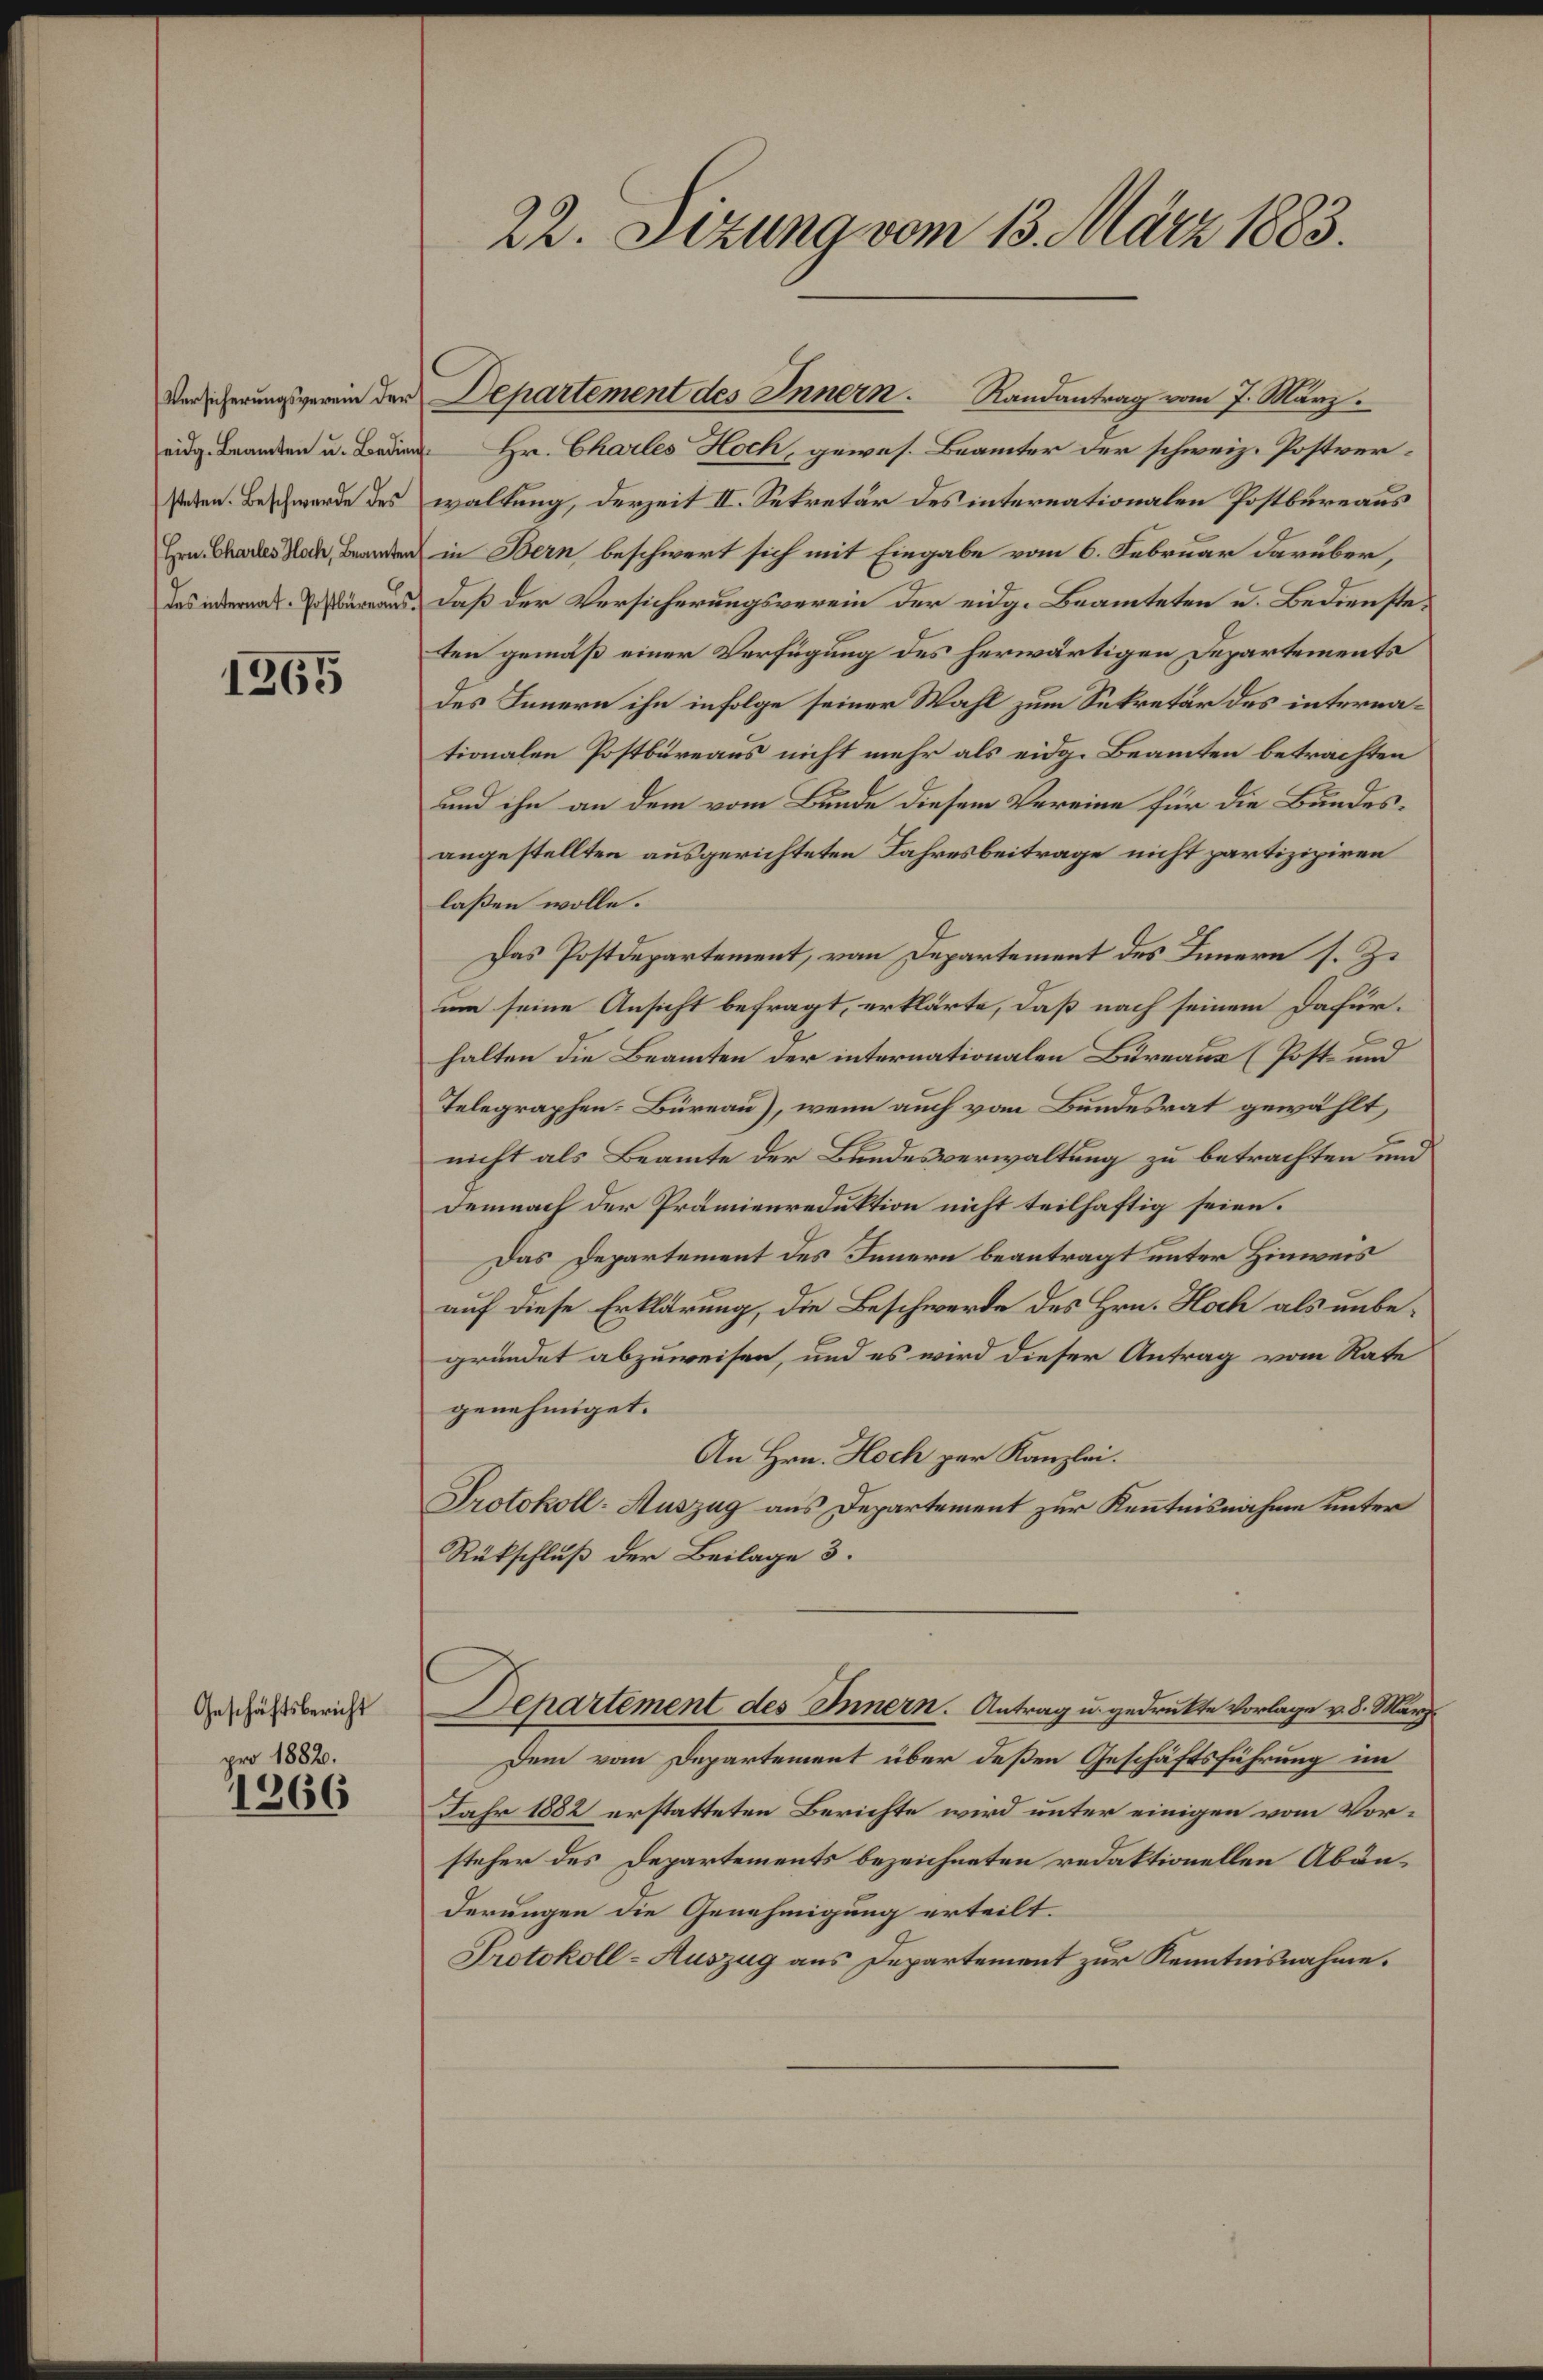
Versicherungsverein der
eidg. Beamten u. Bedin
steten. Beschwerde des
Hrn. Charles Hoch, Beamten
des internat. Postbüreaŭs.

1265

Geschäftsbericht
pro 1882.

1266

22. Sizung vom 13. März 1883.

Hr. Charles Hoch, gewes. Beamter der schweiz. Postverwaltung, derzeit II. Sekretär des internationalen Postbureaus
in Bern beschwert sich mit Eingabe vom 6. Februar darüber,
Daß der Versicherungsverein der eidg. Beamteten u. Bediensteten gemäß einer Verfügung des herwärtigen Departements
des Innern ihn infolge seiner Wahl zum Sekretär des internationalen Postbüreaus nicht mehr als eidg. Beamten betrachten
und ihn an dem vom Bunde diesem Vereine für die Bundesangestellten ausgerichteten Jahresbeitrage nicht partizipiren
laßen wolle.
Das Postdepartement, von Departement des Innern s. Z.
um seine Ansicht befragt, erklärte, daß nach seinem Dafür-
halten die Beamten der internationalen Bureaus (Post- und
Telegraphen-Büreau), wenn auch vom Bundesrat gewählt,
nicht als Beamte der Bundesverwaltung zu betrachten und
Demnach der Prämienreduktion nicht teilhaftig seien.
Das Departement des Innern beantragt unter Hinweis
auf diese Erklärung, die Beschwerde des Hrn. Hoch als unbegründet abzuweisen, und es wird dieser Antrag vom Rate
genehmiget.
An Hrn. Hoch per Kanzlei.
Protokoll: Auszug aus Departement zur Kenntnisnahme unter
Rükschluß der Beilage 3.
Departement des Innern. Antrag u. gedrukte Vorlage v. 8. März
Dem vom Departement über deßen Geschäftsführung im
Jahr 1882 erstatteten Berichte wird unter einigen vom Vorsteher des Departements bezeichneten redaktionellen Abänderungen die Genehmigung erteilt.
Protokoll- Auszug aus Departement zur Kenntnisnahme.

Departement des Innern. Randantrag vom 7. März.